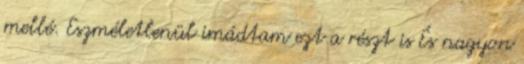
mellé. Eszméletlenül imádtam ezt a részt is És nagyon